画像に写った文字を読んでください
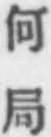
「何局」と書いてあります